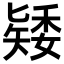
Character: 𥏶